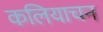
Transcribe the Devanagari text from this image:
कलियाचन